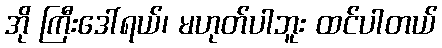
အို ကြီးဒေါ်ရယ်၊ မဟုတ်ပါဘူး ထင်ပါတယ်